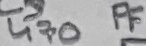
Text: 470PF